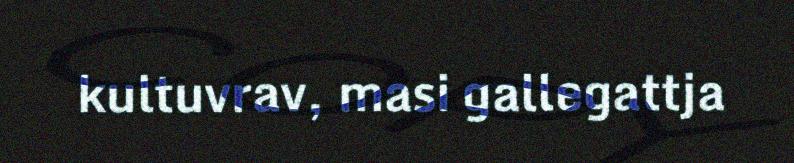
kultuvrav, masi gallegattja